Annual report on the Civil Veterinary Department, Burma (including the Insein Veterinary School) - 1910-1922
Year: 1910
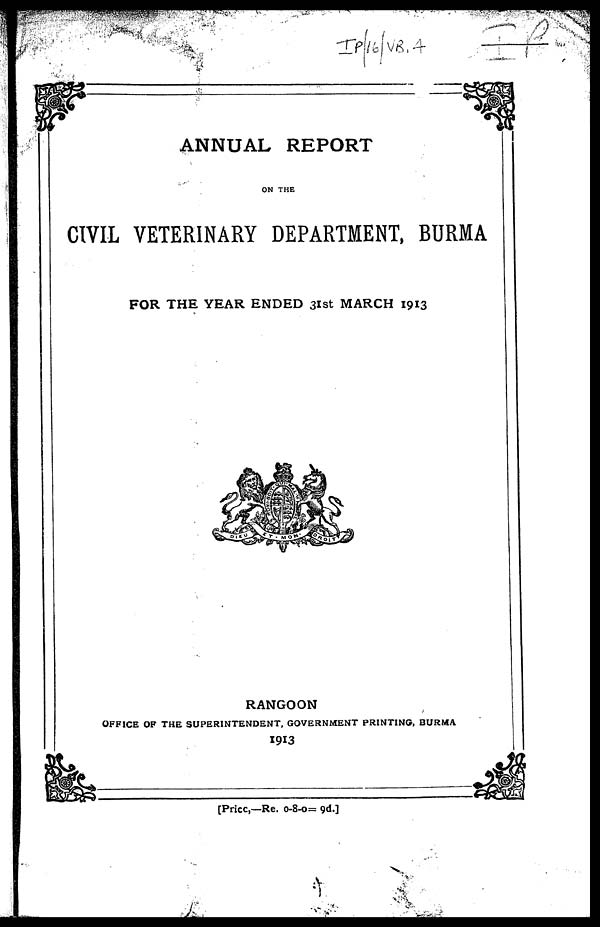
ANNUAL REPORT
ON THE
CIVIL VETERINARY DEPARTMENT, BURMA
FOR THE YEAR ENDED 31st MARCH 1913
RANGOON
OFFICE OF THE SUPERINTENDENT, GOVERNMENT PRINTING, BURMA
1913
[Price,—Re. 0-8-0= 9d.]